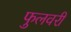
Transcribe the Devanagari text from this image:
फुलवरी